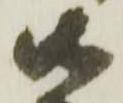
御